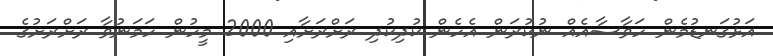
އަޅުގަނޑުމެން ހަވާސާއެއް ނުކުރަން އެހެން ކުދިކުދި ރަށްރަށާއި 2000 މީހުން ހަމަނުވާ ރަށްރަށުގެ